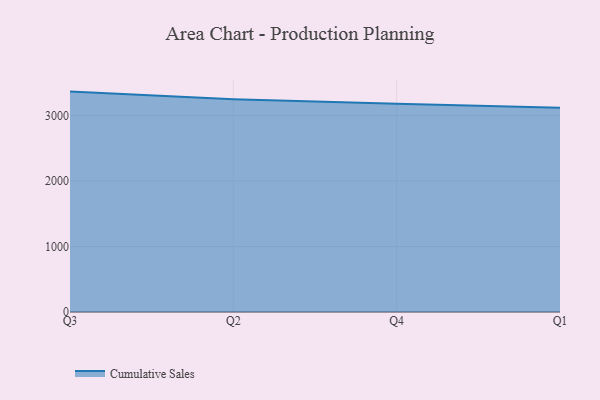
{"axis": {"x": "Quarter", "y": "Net Income (USD K)"}, "legend": ["Cumulative Sales"], "data": [{"x": "Q3", "y": 3366.3, "type": "Cumulative Sales"}, {"x": "Q2", "y": 3248.7, "type": "Cumulative Sales"}, {"x": "Q4", "y": 3180.0, "type": "Cumulative Sales"}, {"x": "Q1", "y": 3119.8, "type": "Cumulative Sales"}]}